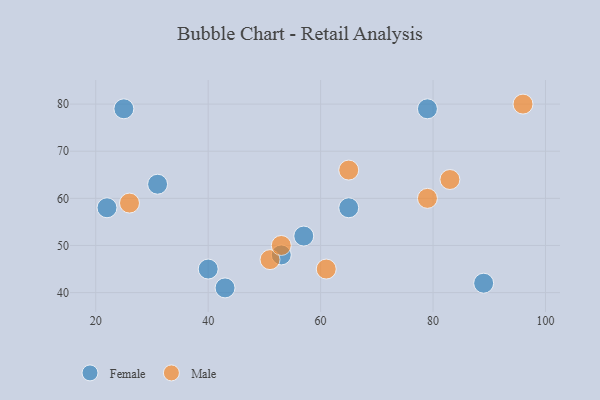
{"axis": {"x": "GDP", "y": "Life Expectancy"}, "legend": ["Female", "Male"], "data": [{"x": "57", "y": 52, "type": "Female"}, {"x": "43", "y": 41, "type": "Female"}, {"x": "31", "y": 63, "type": "Female"}, {"x": "65", "y": 58, "type": "Female"}, {"x": "53", "y": 48, "type": "Female"}, {"x": "40", "y": 45, "type": "Female"}, {"x": "89", "y": 42, "type": "Female"}, {"x": "79", "y": 79, "type": "Female"}, {"x": "25", "y": 79, "type": "Female"}, {"x": "22", "y": 58, "type": "Female"}, {"x": "83", "y": 64, "type": "Male"}, {"x": "26", "y": 59, "type": "Male"}, {"x": "51", "y": 47, "type": "Male"}, {"x": "79", "y": 60, "type": "Male"}, {"x": "96", "y": 80, "type": "Male"}, {"x": "61", "y": 45, "type": "Male"}, {"x": "65", "y": 66, "type": "Male"}, {"x": "53", "y": 50, "type": "Male"}]}